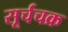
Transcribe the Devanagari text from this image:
सूर्चचक्र